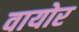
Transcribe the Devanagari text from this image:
वायोर